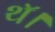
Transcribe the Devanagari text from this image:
थॅ।